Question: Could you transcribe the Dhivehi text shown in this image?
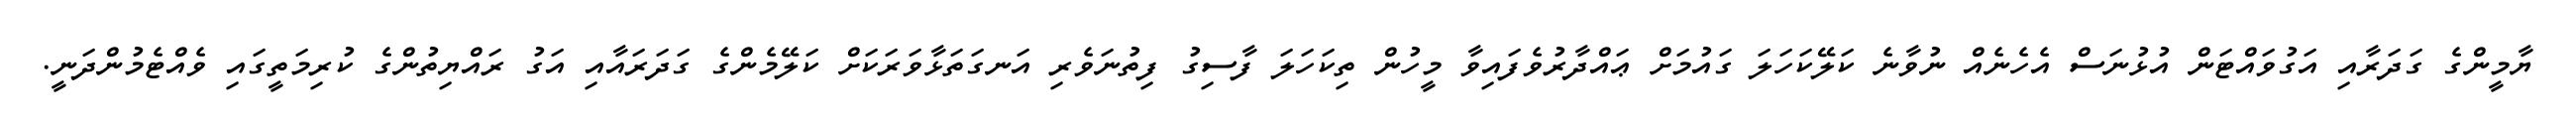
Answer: ޔާމީންގެ ގަދަރާއި އަގުވައްޓަން އުޅުނަސް އެހެނެއް ނުވާނެ ކަލޭކަހަލަ ގައުމަށް ޢައްދާރުވެފައިވާ މީހުން ތިކަހަލަ ފާސިގު ފިތުނަވެރި އަނގަތަޅާވަރަކަށް ކަލޭމެންގެ ގަދަރައާއި އަގު ރައްޔިތުންގެ ކުރިމަތީގައި ވެއްޓެމުންދަނީ.